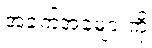
အခက်အခဲများကို